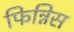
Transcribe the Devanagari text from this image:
फिन्निस